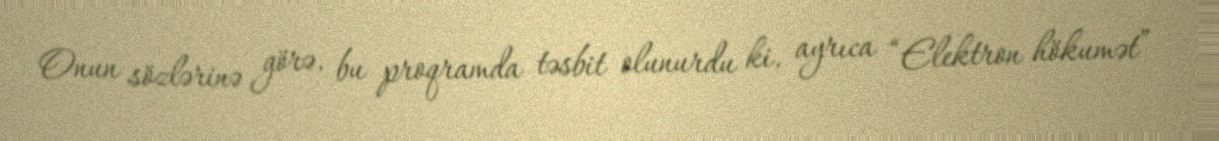
Onun sözlərinə görə, bu proqramda təsbit olunurdu ki, ayrıca “Elektron hökumət”